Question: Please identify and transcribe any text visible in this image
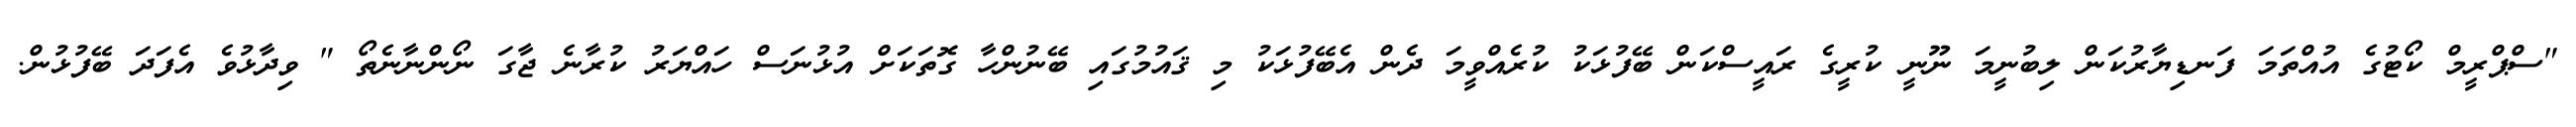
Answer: "ސްޕްރީމް ކޯޓުގެ އުއްތަމަ ފަނޑިޔާރުކަން ލިބުނީމަ ނޫނީ ކުރީގެ ރައީސްކަން ބޭފުޅަކު ކުރެއްވީމަ ދެން އެބޭފުޅަކު މި ޤައުމުގައި ބޭނުންހާ ގޮތަކަށް އުޅުނަސް ހައްޔަރު ކުރާނެ ޖާގަ ނޯންނާނެތޯ " ވިދާޅުވެ އެފަދަ ބޭފުޅުން.